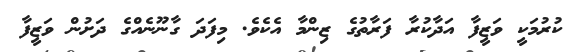
ކުރުމަކީ ވަޒީފާ އަދާކުރާ ފަރާތުގެ ޒިންމާ އެކެވެ. މިފަދަ ގާނޫނެއްގެ ދަށުން ވަޒީފާ